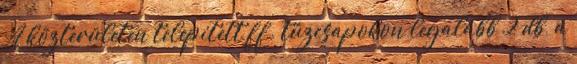
A közterületen telepített ff. tûzcsapokon legalább 2 db, a